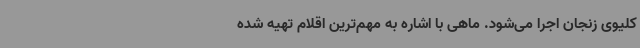
کلیوی زنجان اجرا می‌شود. ماهی با اشاره به مهم‌ترین اقلام تهیه شده